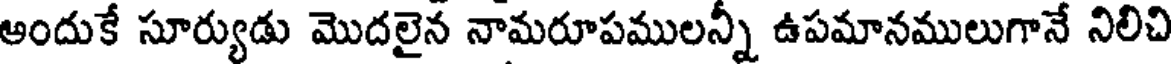
అందుకే సూర్యుడు మొదలైన నామరూపములన్ని ఉపమానములుగానే నిలిచి